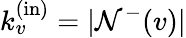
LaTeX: k_{v}^{\mathrm{(in)}}=|\mathcal{N}^{-}(v)|